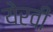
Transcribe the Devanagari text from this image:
येरवी